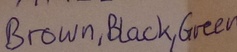
Text: Brown,Black,Green